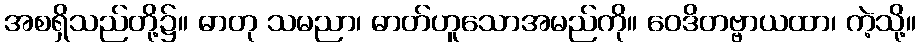
အစရှိသည်တို့၌။ ဓာတု သမညာ၊ ဓာတ်ဟူသောအမည်ကို။ ဝေဒိတဗ္ဗာယထာ၊ ကဲ့သို့။